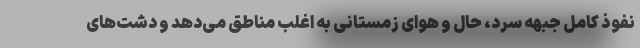
نفوذ کامل جبهه سرد، حال و هوایِ زمستانی به اغلب مناطق می‌دهد و دشت‌های